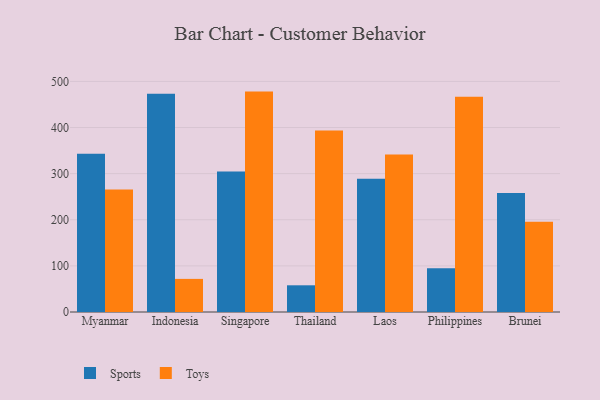
{"axis": {"x": "Country", "y": "LTV (USD)"}, "legend": ["Sports", "Toys"], "data": [{"x": "Myanmar", "y": 343.0, "type": "Sports"}, {"x": "Myanmar", "y": 265.7, "type": "Toys"}, {"x": "Indonesia", "y": 473.3, "type": "Sports"}, {"x": "Indonesia", "y": 71.8, "type": "Toys"}, {"x": "Singapore", "y": 304.5, "type": "Sports"}, {"x": "Singapore", "y": 477.9, "type": "Toys"}, {"x": "Thailand", "y": 57.9, "type": "Sports"}, {"x": "Thailand", "y": 393.8, "type": "Toys"}, {"x": "Laos", "y": 288.7, "type": "Sports"}, {"x": "Laos", "y": 341.6, "type": "Toys"}, {"x": "Philippines", "y": 94.9, "type": "Sports"}, {"x": "Philippines", "y": 466.8, "type": "Toys"}, {"x": "Brunei", "y": 258.2, "type": "Sports"}, {"x": "Brunei", "y": 195.7, "type": "Toys"}]}